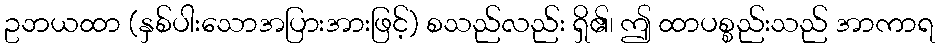
ဥဘယထာ (နှစ်ပါးသောအပြားအားဖြင့်) စသည်လည်း ရှိ၏၊ ဤ ထာပစ္စည်းသည် အာကာရ